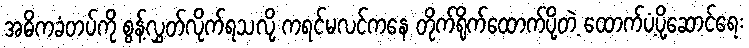
အဓိကခံတပ်ကို စွန့်လွှတ်လိုက်ရသလို့ ကရင်မလင်ကနေ တိုက်ရိုက်ထောက်ပို့တဲ့ ထောက်ပံ့ပို့ဆောင်ရေး